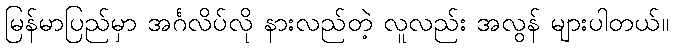
မြန်မာပြည်မှာ အင်္ဂလိပ်လို နားလည်တဲ့ လူလည်း အလွန် များပါတယ်။